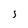
Character: 5